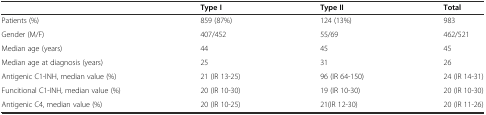
<table><thead><tr><td></td><td><b>Type I</b></td><td><b>Type II</b></td><td><b>Total</b></td></tr></thead><tbody><tr><td>Patients (%)</td><td>859 (87%)</td><td>124 (13%)</td><td>983</td></tr><tr><td>Gender (M/F)</td><td>407/452</td><td>55/69</td><td>462/521</td></tr><tr><td>Median age (years)</td><td>44</td><td>45</td><td>45</td></tr><tr><td>Median age at diagnosis (years)</td><td>25</td><td>31</td><td>26</td></tr><tr><td>Antigenic C1-INH, median value (%)</td><td>21 (IR 13-25)</td><td>96 (IR 64-150)</td><td>24 (IR 14-31)</td></tr><tr><td>Funcitional C1-INH, median value (%)</td><td>20 (IR 10-30)</td><td>19 (IR 10-30)</td><td>20 (IR 10-30)</td></tr><tr><td>Antigenic C4, median value (%)</td><td>20 (IR 10-25)</td><td>21(IR 12-30)</td><td>20 (IR 11-26)</td></tr></tbody></table>